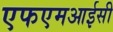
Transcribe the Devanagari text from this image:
एफएमआईसी